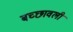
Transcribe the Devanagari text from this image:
बच्छावली